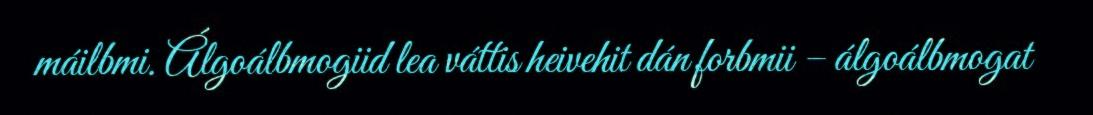
máilbmi. Álgoálbmogiid lea váttis heivehit dán forbmii – álgoálbmogat